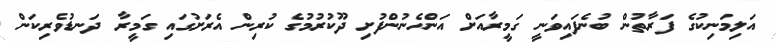
އަލިމަނިކުގެ ފަރާތުން ބުނެފައިވަނީ ގަމީރާއަށް އަންހެނުންފުށި ދޫކުރުމުގެ ކުރިން އެރަށުގައި ގަމީރާ ދަނޑުވެރިކަން